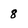
Character: 8